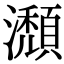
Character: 瀩